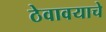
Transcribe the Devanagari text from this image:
ठेवावयाचे